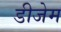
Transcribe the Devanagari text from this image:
डीजेम